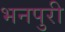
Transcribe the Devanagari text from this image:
भनपुरी